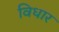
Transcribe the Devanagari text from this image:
विधार